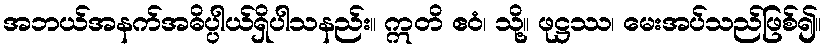
အဘယ်အနက်အဓိပ္ပါယ်ရှိပါသနည်း။ ဣတိ ဧဝံ၊ သို့။ ဖုဋ္ဌဿ၊ မေးအပ်သည်ဖြစ်၍။